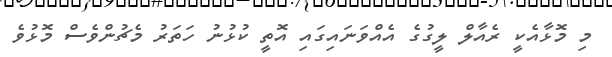
މި މޮޅާއެކީ ރެއާލް ލީގުގެ އެއްވަނައިގައި އޮތީ ކުޅުނު ހަތަރު މެޗުންވެސް މޮޅުވެ